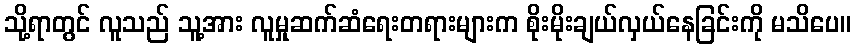
သို့ရာတွင် လူသည် သူ့အား လူမှုဆက်ဆံရေးတရားများက စိုးမိုးချယ်လှယ်နေခြင်းကို မသိပေ။